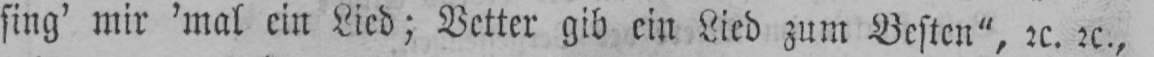
sing’ mir ’mal ein Lied; Vetter gib ein Lied zum Besten“, etc. etc.,